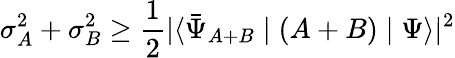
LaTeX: \sigma_{A}^{2}+\sigma_{B}^{2}\geq{\frac{1}{2}}|\langle{\bar{\Psi}}_{A+B}\mid(A+B)\mid\Psi\rangle|^{2}